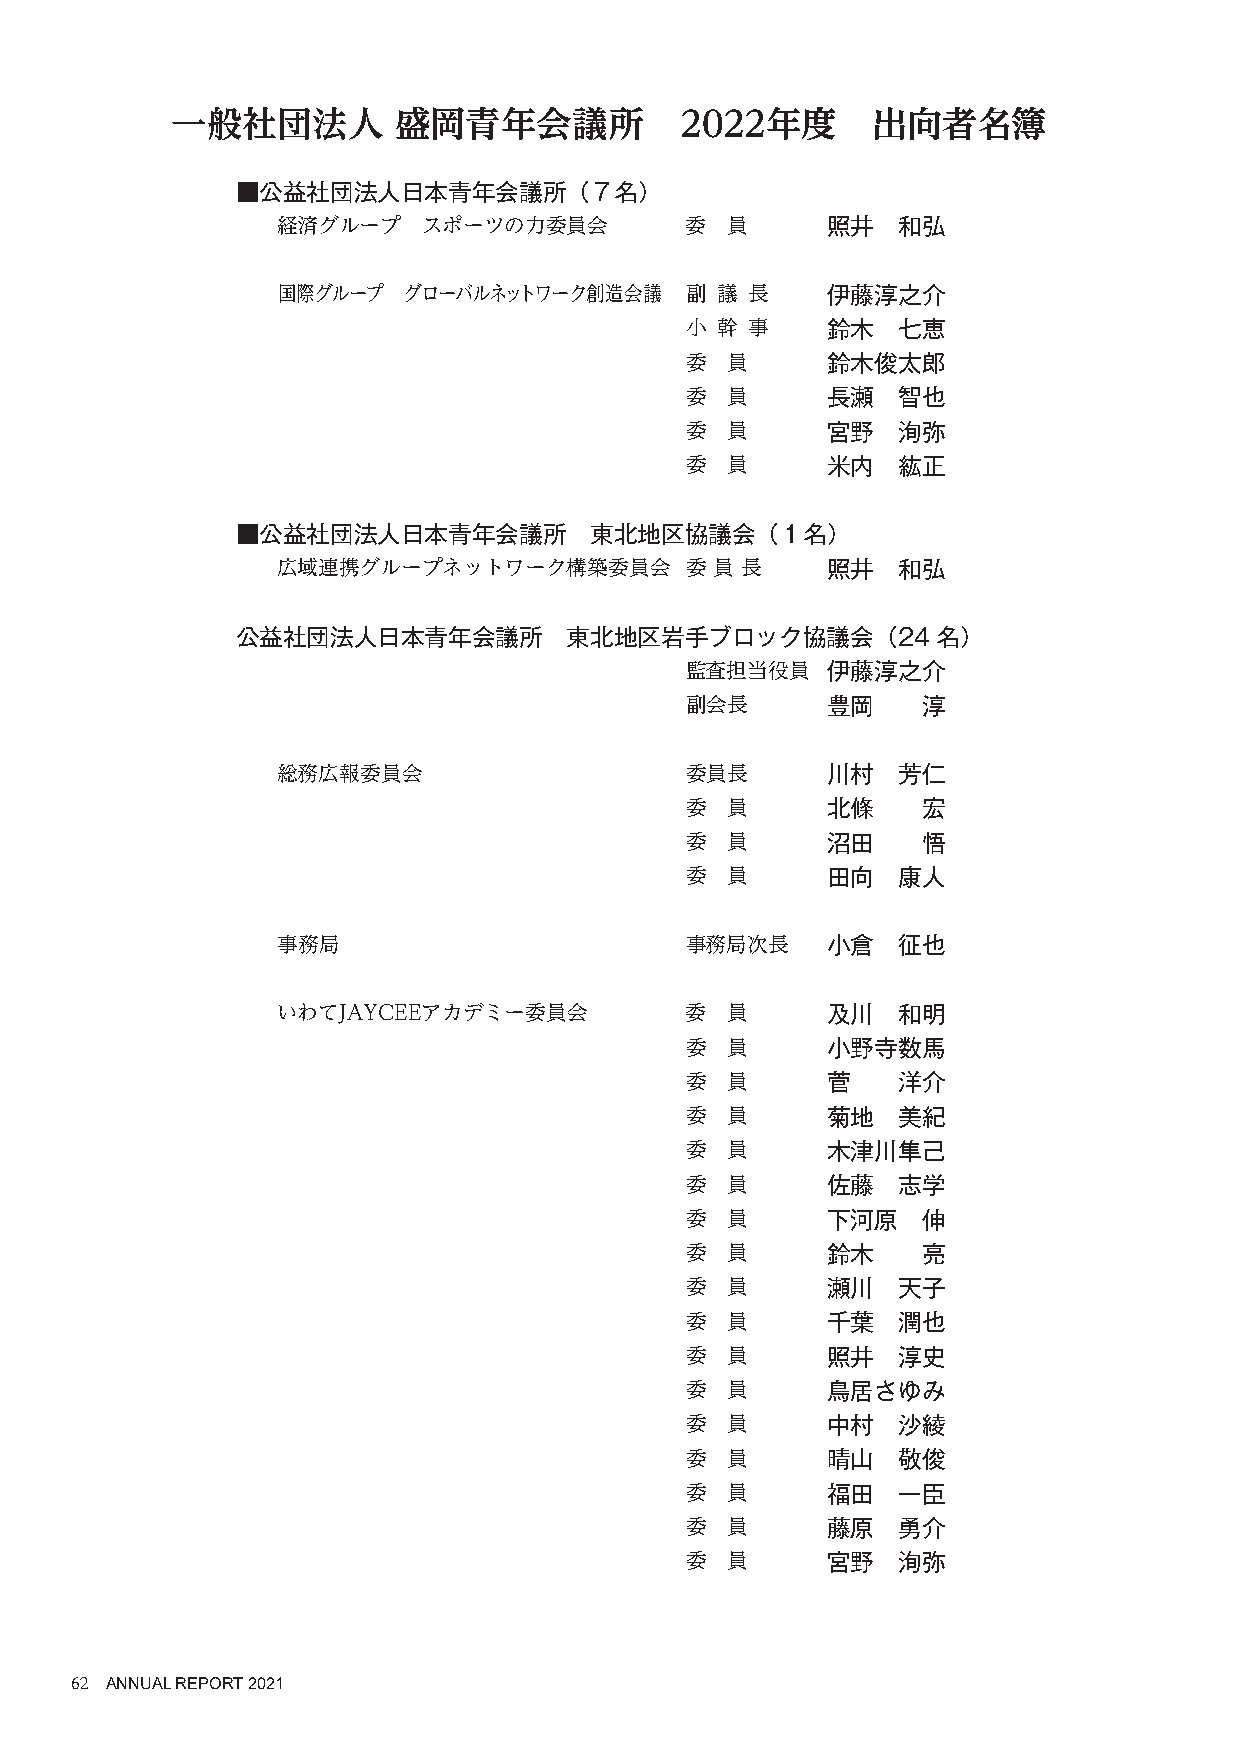
一般社団法人         盛岡青年会議所            2022年度       出向者名簿
 ■公益社団法人日本青年会議所（７名）
 経済グループ    スポーツの力委員会        委  員      照井  和弘
 国際グループ   グローバルネットワーク創造会議   副 議 長     伊藤淳之介
 小 幹 事     鈴木  七恵
 委  員      鈴木俊太郎
 委  員      長瀬  智也
 委  員      宮野  洵弥
 委  員      米内  紘正
 ■公益社団法人日本青年会議所         東北地区協議会（１名）
 広域連携グループネットワーク構築委員会        委 員 長     照井  和弘
 公益社団法人日本青年会議所         東北地区岩手ブロック協議会（24名）
 監査担当役員    伊藤淳之介
 副会長       豊岡    淳
 総務広報委員会                    委員長       川村  芳仁
 委  員      北條    宏
 委  員      沼田    悟
 委  員      田向  康人
 事務局                        事務局次長     小倉  征也
 いわてJAYCEEアカデミー委員会          委  員      及川  和明
 委  員      小野寺数馬
 委  員      菅   洋介
 委  員      菊地  美紀
 委  員      木津川隼己
 委  員      佐藤  志学
 委  員      下河原   伸
 委  員      鈴木    亮
 委  員      瀬川  天子
 委  員      千葉  潤也
 委  員      照井  淳史
 委  員      鳥居さゆみ
 委  員      中村  沙綾
 委  員      晴山  敬俊
 委  員      福田  一臣
 委  員      藤原  勇介
 委  員      宮野  洵弥
 62 ANNUAL REPORT 2021